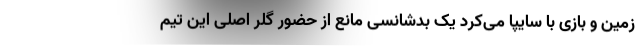
زمین و بازی با سایپا می‌کرد یک بدشانسی مانع از حضور گلر اصلی این تیم